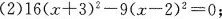
(2)$$1 6 ( x + 3 ) ^ { 2 } - 9 ( x - 2 ) ^ { 2 } = 0$$；